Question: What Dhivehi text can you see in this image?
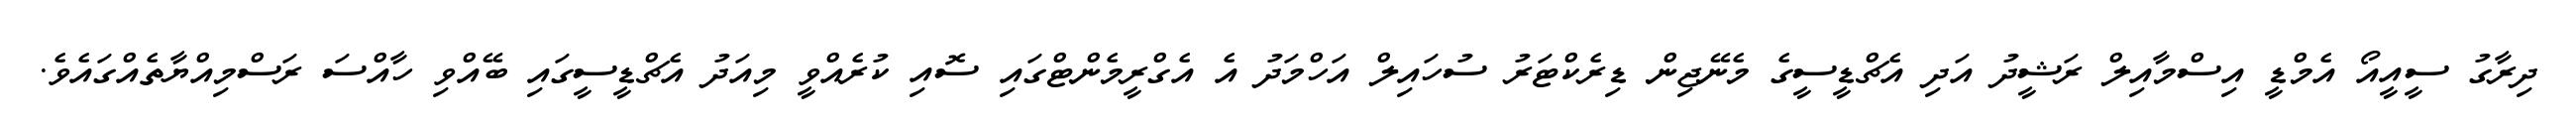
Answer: ދިރާގު ސީއީއޯ އެމްޑީ އިސްމާއިލް ރަޝީދު އަދި އެޗްޑީސީގެ މެނޭޖިން ޑިރެކްޓަރު ސުހައިލް އަހްމަދު އެ އެގްރީމެންޓްގައި ސޮއި ކުރެއްވީ މިއަދު އެޗްޑީސީގައި ބޭއްވި ހާއްސަ ރަސްމިއްޔާތެއްގައެވެ.